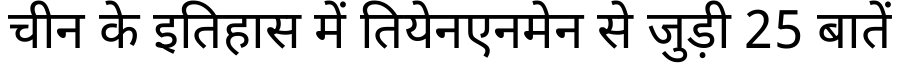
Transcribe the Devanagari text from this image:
चीन के इतिहास में तियेनएनमेन से जुड़ी 25 बातें